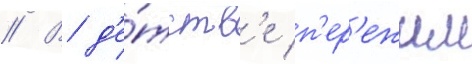
// В д'е́тств'е п'ер'ежил